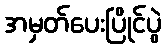
အမှတ်ပေးပြိုင်ပွဲ